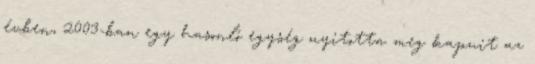
évben, 2003-ban egy hasonló egység nyitotta meg kapuit az